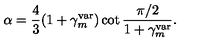
\alpha = { \frac { 4 } { 3 } } ( 1 + \gamma _ { m } ^ { \mathrm { v a r } } ) \cot { \frac { \pi / 2 } { 1 + \gamma _ { m } ^ { \mathrm { v a r } } } } .